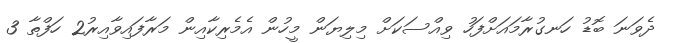
ދެވަނަ ބޮޑު ހަނގުރާމައަށްފަހު ވިއްސަކަށް މިލިޔަން މީހުން އެމެރިކާއިން މަރާފައިވާއިރު2 ހަފްތާ 3